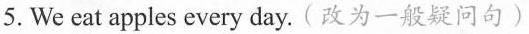
5. We eat apples every day. (改为一般疑问句)